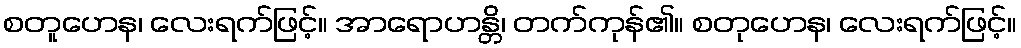
စတူဟေန၊ လေးရက်ဖြင့်။ အာရောဟန္တိ၊ တက်ကုန်၏။ စတုဟေန၊ လေးရက်ဖြင့်။